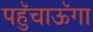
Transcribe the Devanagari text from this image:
पहुॅचाऊॅगा